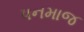
પનમાજ